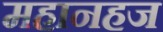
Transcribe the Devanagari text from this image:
महानहज